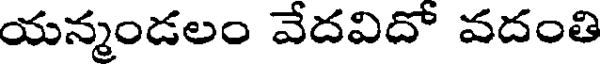
యన్మండలం వేదవిదో వదంతి